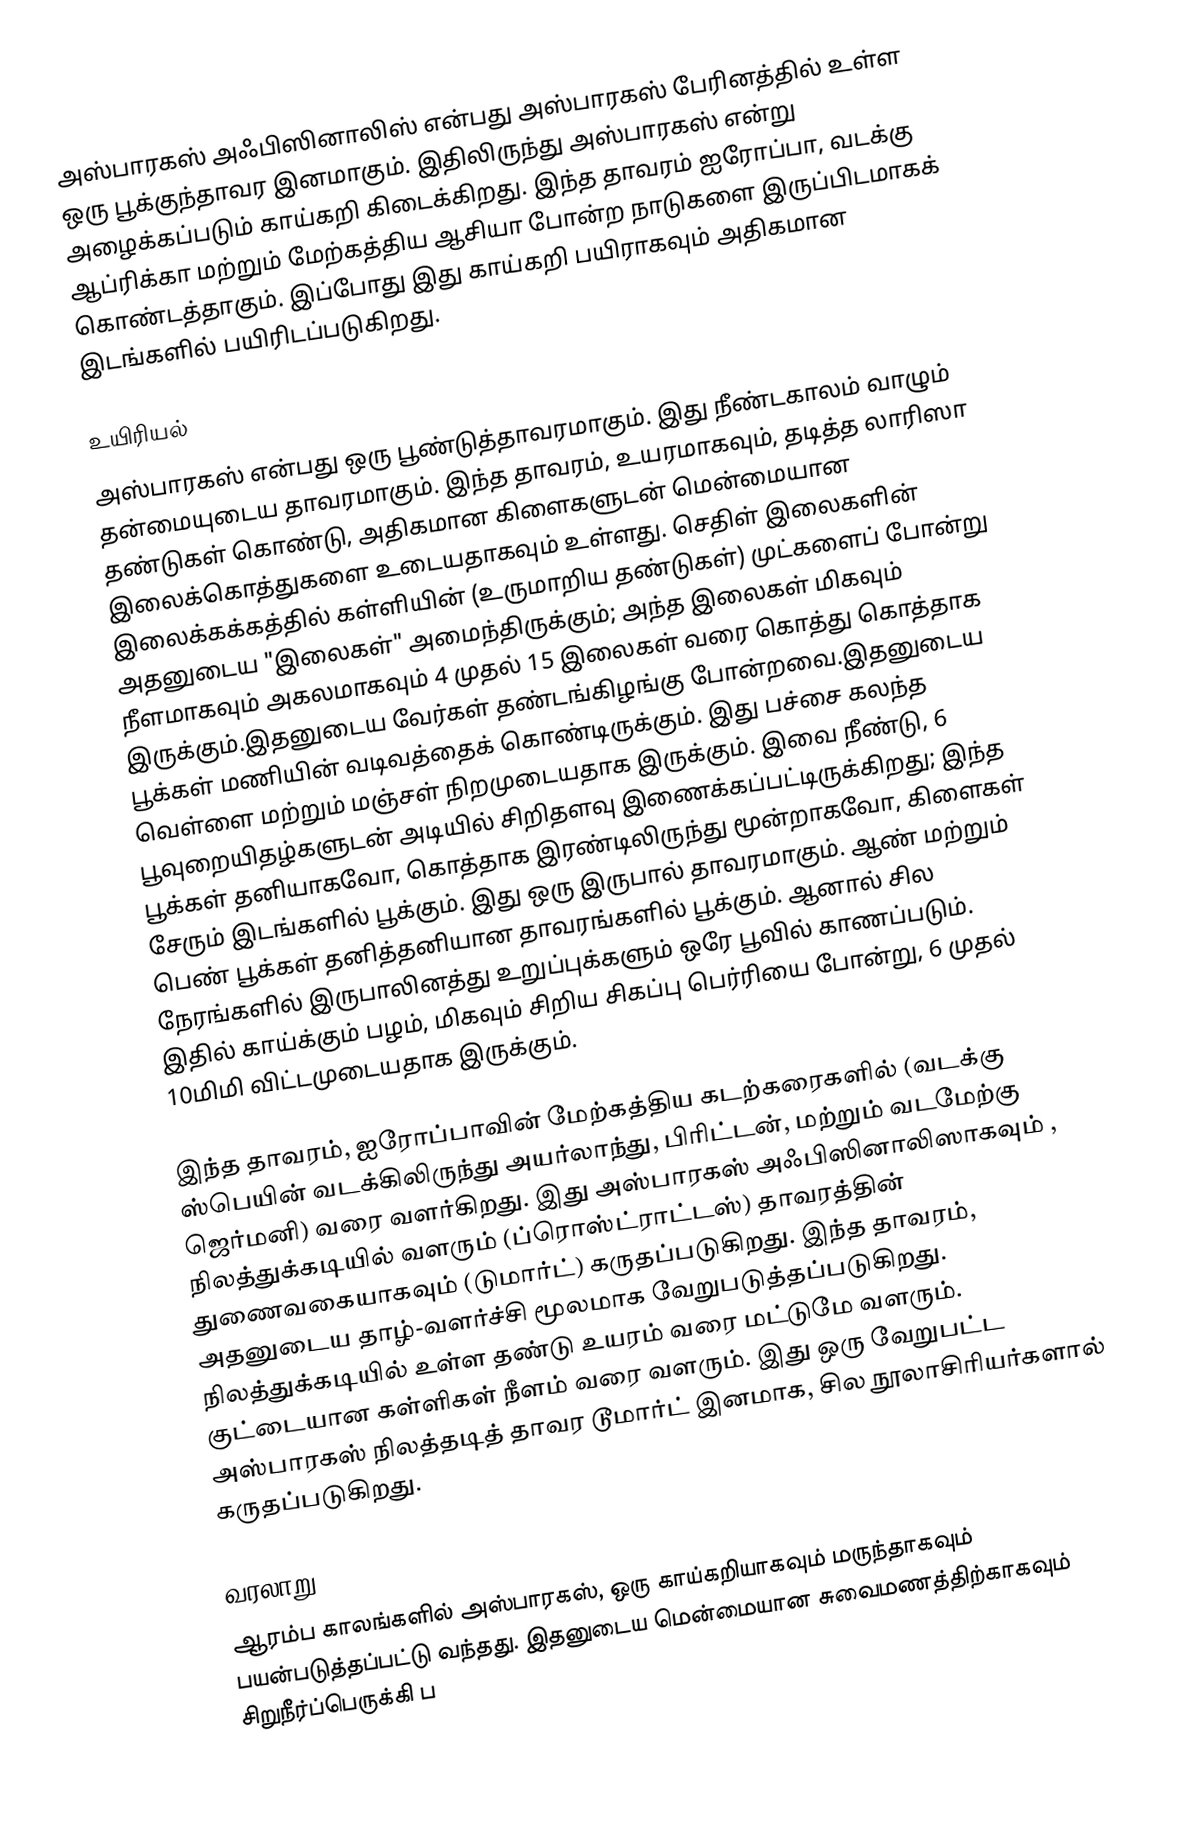
அஸ்பாரகஸ் அஃபிஸினாலிஸ்  என்பது அஸ்பாரகஸ் பேரினத்தில் உள்ள ஒரு பூக்குந்தாவர இனமாகும். இதிலிருந்து அஸ்பாரகஸ் என்று அழைக்கப்படும் காய்கறி கிடைக்கிறது. இந்த தாவரம் ஐரோப்பா, வடக்கு ஆப்ரிக்கா மற்றும் மேற்கத்திய ஆசியா போன்ற நாடுகளை இருப்பிடமாகக் கொண்டத்தாகும். இப்போது இது காய்கறி பயிராகவும் அதிகமான இடங்களில் பயிரிடப்படுகிறது.

உயிரியல்
அஸ்பாரகஸ் என்பது ஒரு பூண்டுத்தாவரமாகும். இது நீண்டகாலம் வாழும் தன்மையுடைய தாவரமாகும். இந்த தாவரம்,  உயரமாகவும், தடித்த லாரிஸா தண்டுகள் கொண்டு, அதிகமான கிளைகளுடன் மென்மையான இலைக்கொத்துகளை உடையதாகவும் உள்ளது. செதிள் இலைகளின் இலைக்கக்கத்தில் கள்ளியின் (உருமாறிய தண்டுகள்) முட்களைப் போன்று அதனுடைய "இலைகள்" அமைந்திருக்கும்; அந்த இலைகள் மிகவும்  நீளமாகவும்  அகலமாகவும் 4 முதல் 15 இலைகள் வரை கொத்து கொத்தாக இருக்கும்.இதனுடைய வேர்கள் தண்டங்கிழங்கு போன்றவை.இதனுடைய பூக்கள் மணியின் வடிவத்தைக் கொண்டிருக்கும். இது பச்சை கலந்த வெள்ளை மற்றும் மஞ்சள் நிறமுடையதாக இருக்கும். இவை நீண்டு, 6 பூவுறையிதழ்களுடன் அடியில் சிறிதளவு இணைக்கப்பட்டிருக்கிறது; இந்த பூக்கள் தனியாகவோ, கொத்தாக இரண்டிலிருந்து மூன்றாகவோ, கிளைகள் சேரும் இடங்களில் பூக்கும். இது ஒரு இருபால் தாவரமாகும். ஆண் மற்றும் பெண் பூக்கள் தனித்தனியான தாவரங்களில் பூக்கும். ஆனால் சில நேரங்களில் இருபாலினத்து உறுப்புக்களும் ஒரே பூவில் காணப்படும். இதில் காய்க்கும் பழம், மிகவும் சிறிய சிகப்பு பெர்ரியை போன்று, 6 முதல் 10மிமி விட்டமுடையதாக இருக்கும்.

இந்த தாவரம், ஐரோப்பாவின் மேற்கத்திய கடற்கரைகளில் (வடக்கு ஸ்பெயின் வடக்கிலிருந்து அயர்லாந்து, பிரிட்டன், மற்றும் வடமேற்கு ஜெர்மனி) வரை வளர்கிறது. இது அஸ்பாரகஸ் அஃபிஸினாலிஸாகவும் , நிலத்துக்கடியில் வளரும் (ப்ரொஸ்ட்ராட்டஸ்) தாவரத்தின் துணைவகையாகவும் (டுமார்ட்) கருதப்படுகிறது. இந்த தாவரம், அதனுடைய தாழ்-வளர்ச்சி மூலமாக வேறுபடுத்தப்படுகிறது. நிலத்துக்கடியில் உள்ள தண்டு  உயரம் வரை மட்டுமே வளரும். குட்டையான கள்ளிகள்  நீளம் வரை வளரும். இது ஒரு வேறுபட்ட அஸ்பாரகஸ் நிலத்தடித் தாவர டூமார்ட் இனமாக, சில நூலாசிரியர்களால் கருதப்படுகிறது.

வரலாறு
ஆரம்ப காலங்களில் அஸ்பாரகஸ், ஒரு காய்கறியாகவும் மருந்தாகவும் பயன்படுத்தப்பட்டு வந்தது. இதனுடைய மென்மையான சுவைமணத்திற்காகவும் சிறுநீர்ப்பெருக்கி ப